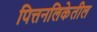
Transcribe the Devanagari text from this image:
पित्तनलिकेतील